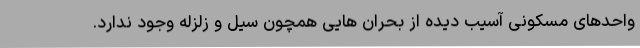
واحدهای مسکونی آسیب دیده از بحران هایی همچون سیل و زلزله وجود ندارد.